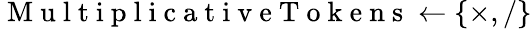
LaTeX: \mathrm{~M~u~l~t~i~p~l~i~c~a~t~i~v~e~T~o~k~e~n~s~}\gets\{ \times,/\}